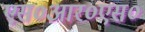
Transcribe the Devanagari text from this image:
एस०आर०एस०